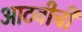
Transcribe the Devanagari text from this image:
आठवीची